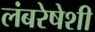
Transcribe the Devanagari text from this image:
लंबरेषेशी